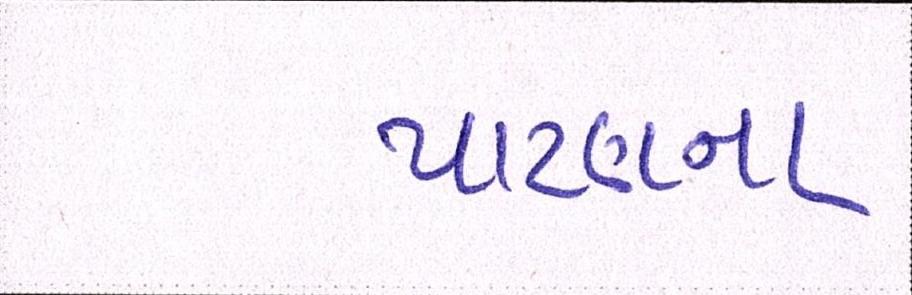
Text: પાટણના